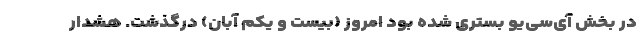
در بخش آی‌سی‌یو بستری شده بود امروز (بیست و یکم آبان) درگذشت. هشدار